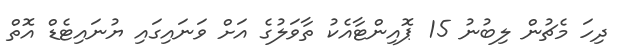
ދިހަ މެޗުން ލިބުނު 15 ޕޮއިންޓާއެކު ތާވަލުގެ އަށް ވަނައިގައި ޔުނައިޓެޑް އޮތް